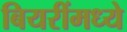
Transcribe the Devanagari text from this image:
बियरींमध्ये